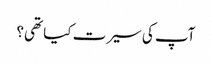
آپ کی سیرت کیا تھی؟